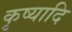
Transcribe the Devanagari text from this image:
कृष्यादि